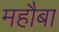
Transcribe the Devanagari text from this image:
महौबा